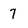
Character: 7